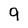
Character: 9